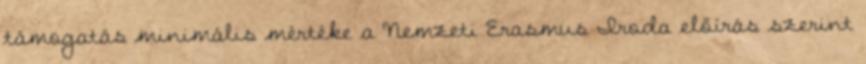
támogatás minimális mértéke a Nemzeti Erasmus Iroda előírás szerint